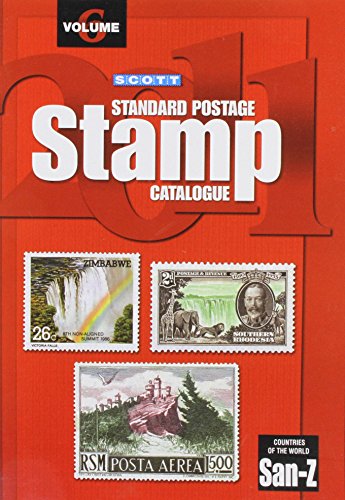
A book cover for Scott 2011 Standard Postage Stamp Catalogue, Vol. 6: Countries of the World- San-Z; James E. Kloetzel; Crafts, Hobbies & Home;